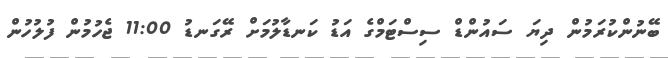
ބޭނުންކުރަމުން ދިޔަ ސައުންޑް ސިސްޓަމްގެ އަޑު ކަނޑާލުމަށް ރޭގަނޑު 11:00 ޖެހުމުން ފުލުހުން